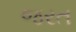
જરત